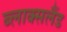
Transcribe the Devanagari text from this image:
ब्लाक्सलैंड